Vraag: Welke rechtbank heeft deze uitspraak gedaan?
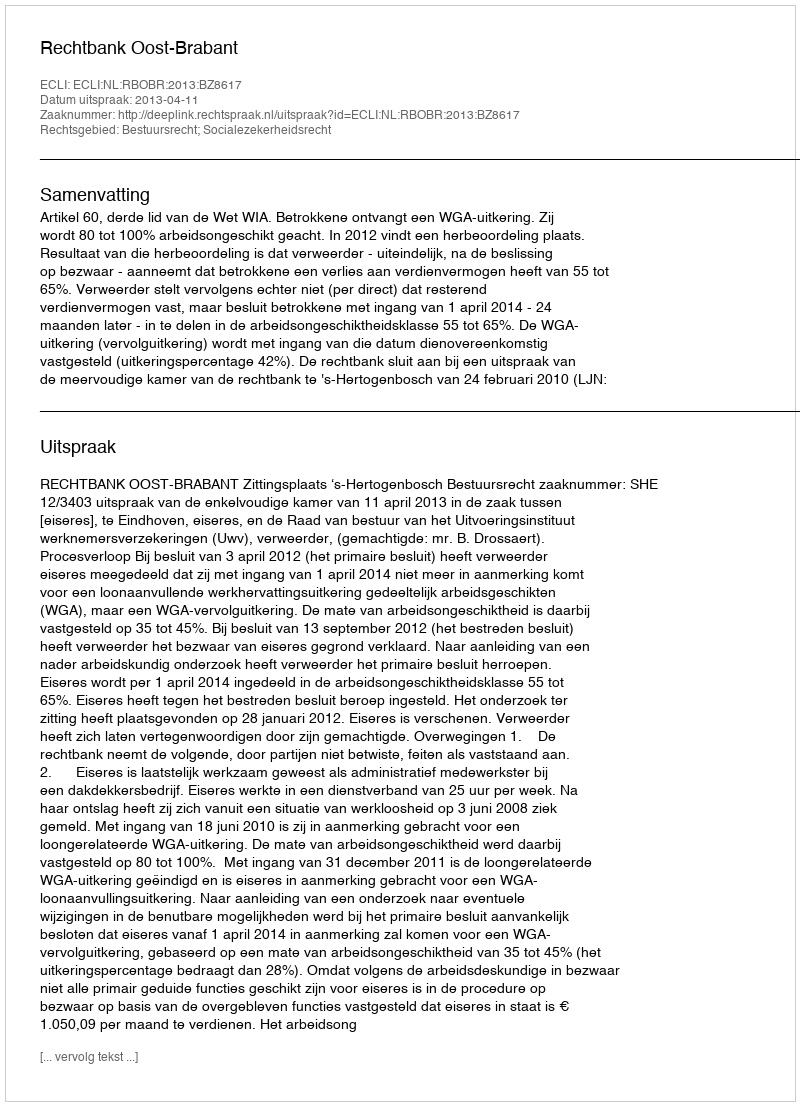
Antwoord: Rechtbank Oost-Brabant